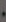
.